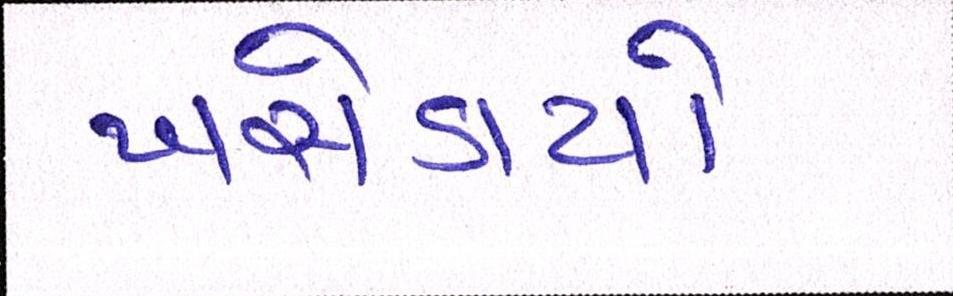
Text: ખસેડાયો